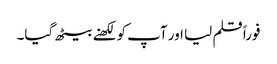
فوراً قلم لیا اور آپ کو لکھنے بیٹھ گیا۔